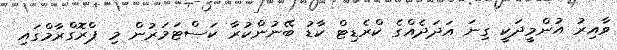
ވާއިރު އުންމީދަކީ ގިނަ އަދަދެއްގެ ކްރެޑިޓް ކާޑު ބޭނުންކުރާ ކަސްޓަމަރުން މި ޕްރޮގްރާމްގައި